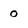
Character: 0